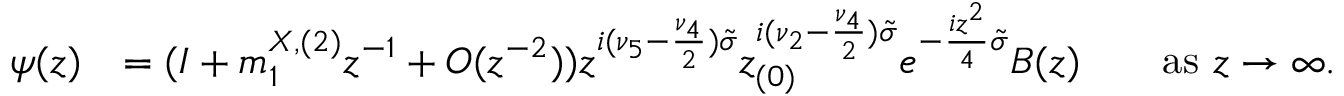
\begin{array} { r l } { \psi ( z ) } & { = ( I + m _ { 1 } ^ { X , ( 2 ) } z ^ { - 1 } + O ( z ^ { - 2 } ) ) z ^ { i ( \nu _ { 5 } - \frac { \nu _ { 4 } } { 2 } ) \tilde { \sigma } } z _ { ( 0 ) } ^ { i ( \nu _ { 2 } - \frac { \nu _ { 4 } } { 2 } ) \tilde { \sigma } } e ^ { - \frac { i z ^ { 2 } } { 4 } \tilde { \sigma } } B ( z ) \qquad \mathrm { a s ~ } z \to \infty . } \end{array}